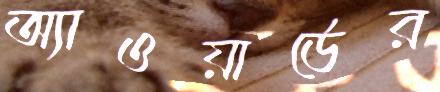
অ্যাওয়ার্ডের